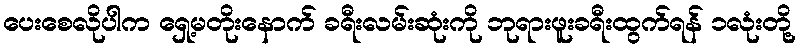
ပေးစေလိုပါက ရှေ့မတိုးနောက် ခရီးလမ်းဆုံးကို ဘုရားဖူးခရီးထွက်ရန် ၁လုံးတို့